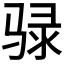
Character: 𫘧